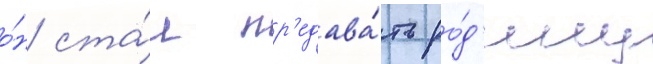
о́н ста́л пр'едава́ть ро́д'ину